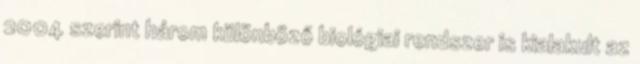
2004 szerint három különböző biológiai rendszer is kialakult az